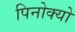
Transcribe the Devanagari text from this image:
पिनोक्यो